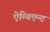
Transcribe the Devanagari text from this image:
ऐम्बिएन्ट